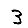
Digit: 3